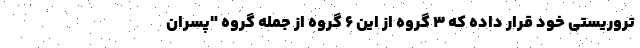
تروریستی خود قرار داده که 3 گروه از این 6 گروه از جمله گروه "پسران